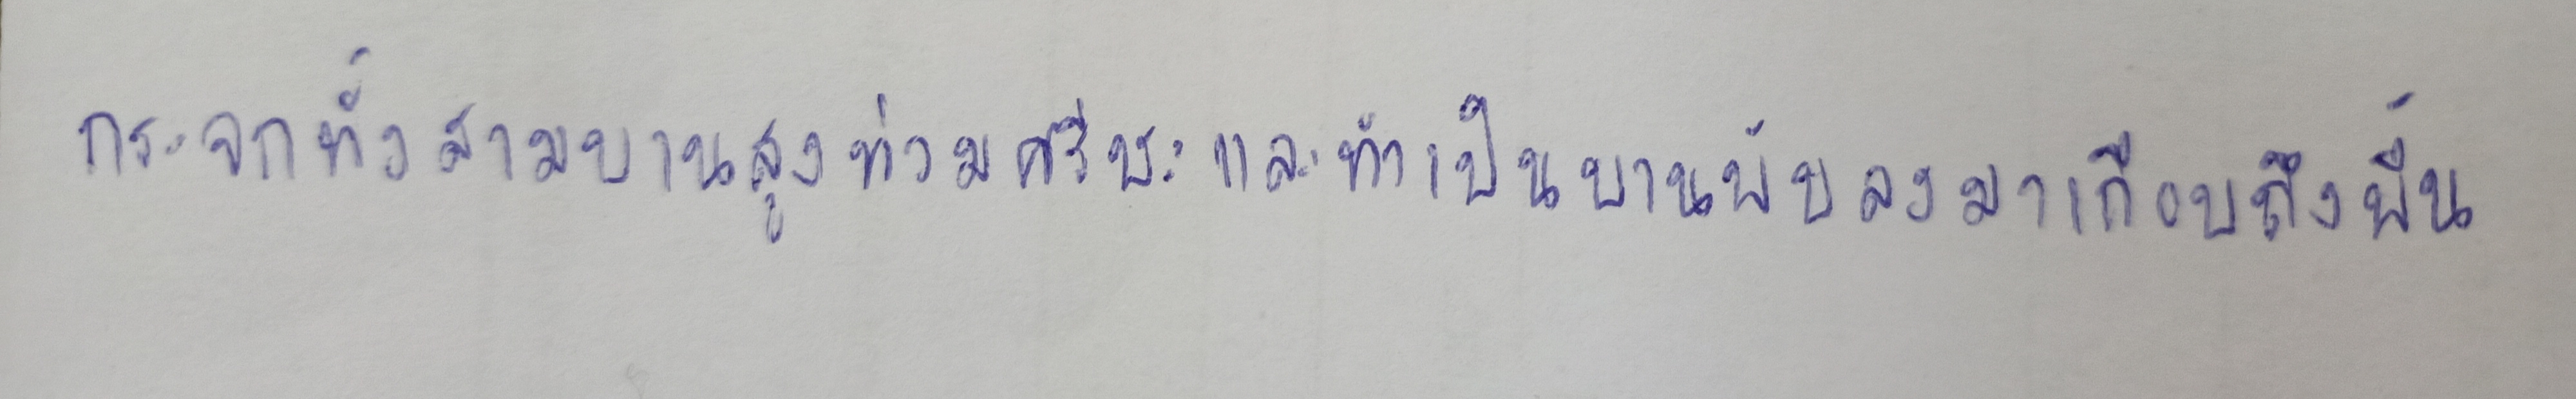
กระจกทั้งสามบานสูงท่วมศีรษะและทำเป็นบานพับลงมาเกือบถึงพื้น